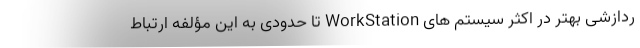
ردازشی بهتر در اکثر سیستم های WorkStation تا حدودی به این مؤلفه ارتباط